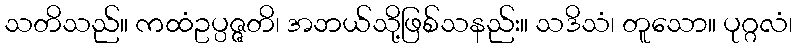
သတိသည်။ ကထံဥပ္ပဇ္ဇတိ၊ အဘယ်သို့ဖြစ်သနည်း။ သဒိသံ၊ တူသော။ ပုဂ္ဂလံ၊